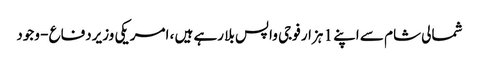
شمالی شام سے اپنے 1 ہزار فوجی واپس بلا رہے ہیں ، امریکی وزیردفاع - وجود